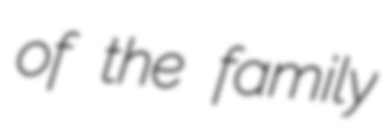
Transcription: of the family